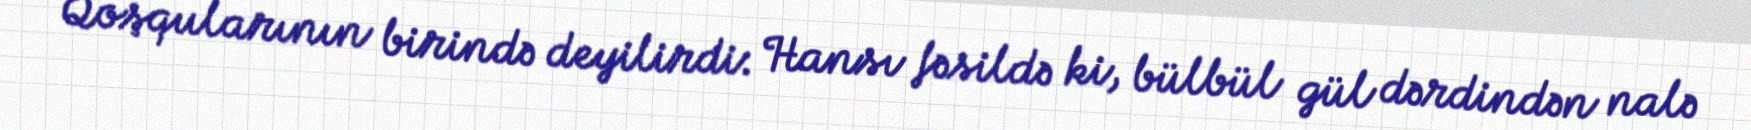
Qoşqularının birində deyilirdi: Hansı fəsildə ki, bülbül gül dərdindən nalə